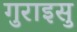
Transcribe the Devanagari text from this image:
गुराइसु